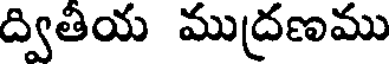
ద్వితియ ముద్రణము